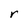
Character: r